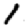
Digit: 1